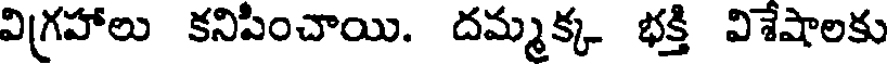
విగ్రహాలు కనిపించాయి. దమ్మక్క భక్తి విశేషాలకు